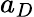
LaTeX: a_{D}